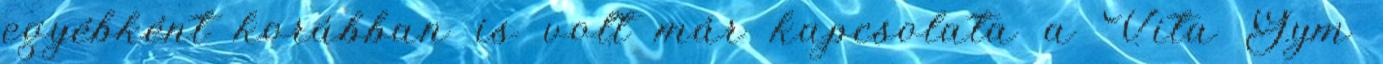
egyébként korábban is volt már kapcsolata a Vita Gym